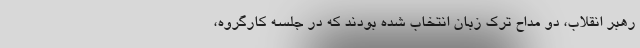
رهبر انقلاب، دو مداح ترک زبان انتخاب شده بودند که در جلسه کارگروه،